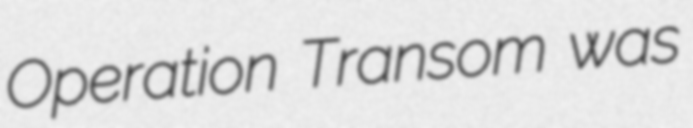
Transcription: Operation Transom was